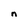
Character: n